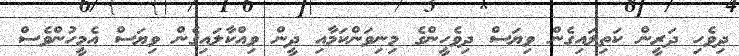
ދިވެހި ދަރީން ކަތިލައިގެން ވިޔަސް ދިވެހީންގެ މިނިވަންކަމާއި ދީން ވިއްކާލައިގެން ވިޔަސް އެމީހުންވެސް